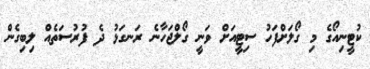
ކުޓީނިއޯގެ މި ގޯލަށްފަހު ސިޓީއަށް ވަނީ ގޯލްޖަހާނެ ރަނގަޅު ދެ ފުރުސަތެއް ލިބިގެން